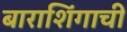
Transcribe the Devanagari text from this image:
बाराशिंगाची